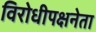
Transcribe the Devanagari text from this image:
विरोधीपक्षनेता